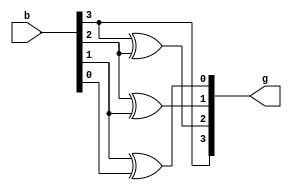
`timescale 1ns / 1ps
//////////////////////////////////////////////////////////////////////////////////
// Company: 
// Engineer: 
// 
// Design Name: 
// Module Name:    BinarytoGray_BM 
// Project Name: 
// Target Devices: 
// Tool versions: 
// Description: 
//
// Dependencies: 
//
// Revision: 
// Revision 0.01 - File Created
// Additional Comments: 
//
//////////////////////////////////////////////////////////////////////////////////
module BinarytoGray_BM(b,g);
	input [3:0]b;
	output [3:0]g;
	reg [3:0]g;
always@(b)
	begin
	g[3]=b[3];
	g[2]=b[3]^b[2];
	g[1]=b[2]^b[1];
	g[0]=b[1]^b[0];
	end
endmodule